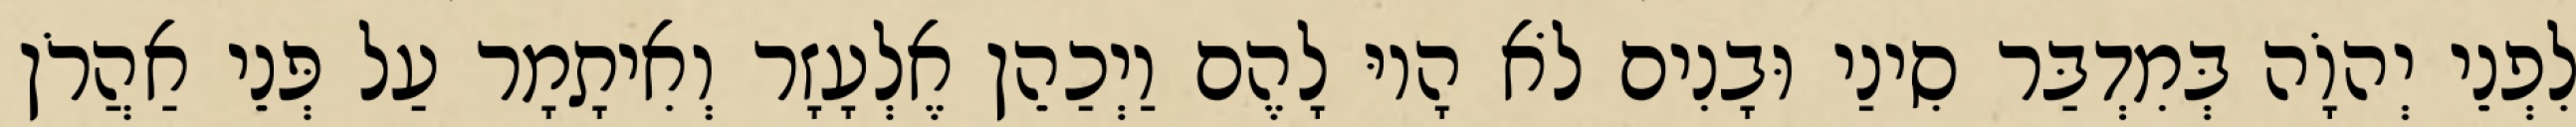
לִפְנֵי יְהוָֹה בְּמִדְבַּר סִינַי וּבָנִים לֹא הָיוּ לָהֶם וַיְכַהֵן אֶלְעָזָר וְאִיתָמָר עַל פְּנֵי אַהֲרֹן